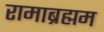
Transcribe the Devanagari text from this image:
रामाब्रह्मम